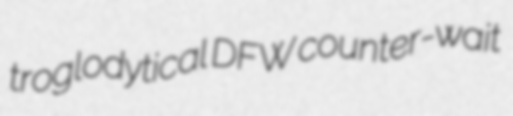
troglodytical DFW counter-wait